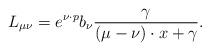
LaTeX: \begin{align*}L_{\mu \nu }=e^{\nu \cdot p}b_{\nu }\frac{\gamma }{(\mu -\nu)\cdot x+\gamma }. \end{align*}